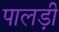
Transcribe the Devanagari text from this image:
पालड़ी